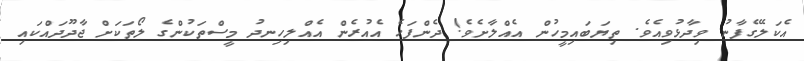
އެކަލޭގެފާނު ވިދާޅުވިއެވެ. ތިޔަބައިމީހުން އެއްލާށެވެ! ދެންފަހެ އެއުރެން އެއްލިހިނދު މީސްތަކުންގެ ލޯތަކަށް ޖާދޫދައްކައި